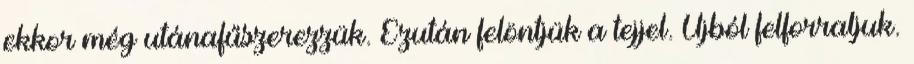
ekkor még utánafűszerezzük. Ezután felöntjük a tejjel. Újból felforraljuk.